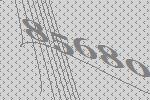
85680